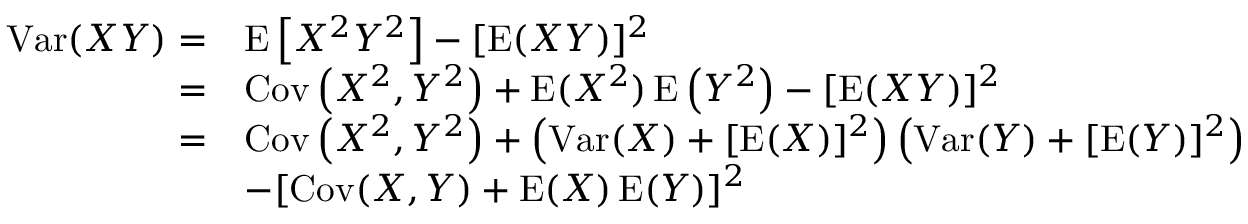
{ \begin{array} { r l } { \operatorname { V a r } ( X Y ) = } & { \operatorname { E } \left[ X ^ { 2 } Y ^ { 2 } \right] - [ \operatorname { E } ( X Y ) ] ^ { 2 } } \\ { = } & { \operatorname { C o v } \left( X ^ { 2 } , Y ^ { 2 } \right) + \operatorname { E } ( X ^ { 2 } ) \operatorname { E } \left( Y ^ { 2 } \right) - [ \operatorname { E } ( X Y ) ] ^ { 2 } } \\ { = } & { \operatorname { C o v } \left( X ^ { 2 } , Y ^ { 2 } \right) + \left( \operatorname { V a r } ( X ) + [ \operatorname { E } ( X ) ] ^ { 2 } \right) \left( \operatorname { V a r } ( Y ) + [ \operatorname { E } ( Y ) ] ^ { 2 } \right) } \\ & { - [ \operatorname { C o v } ( X , Y ) + \operatorname { E } ( X ) \operatorname { E } ( Y ) ] ^ { 2 } } \end{array} }